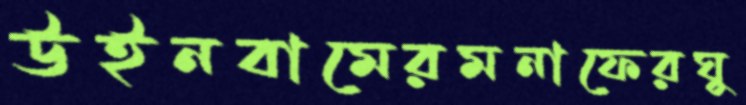
উইনবামেরমনাফেরঘু